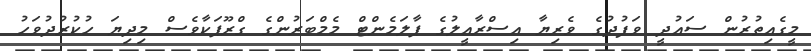
މީގެއިތުރުން ސައުދީ ވަފުދުގެ ވެރިޔާ އިސްރާއީލުގެ ޕާލަމެންޓް މެމްބަރުންގެ ގްރޫޕަކާވެސް މިދިޔަ ހުކުރުދުވަހު